Civil Veterinary Dept. Bombay admin report 1893-99 - 1893-1899
Year: 1893
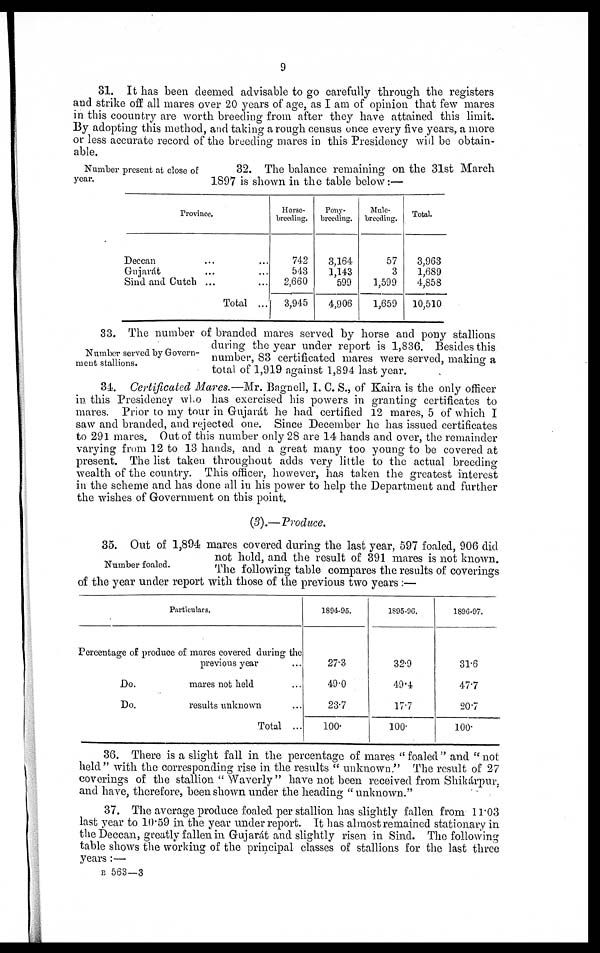
9
31. It has been deemed advisable to go carefully through the registers
and strike off all mares over 20 years of age, as I am of opinion that few mares
in this coountry are worth breeding from after they have attained this limit.
By adopting this method, and taking a rough census once every five years, a more
or less accurate record of the breeding mares in this Presidency will be obtain-
able.
Number present at close of
year.
32. The balance remaining on the 31st March
1897 is shown in the table below:—
Province.
Deccan ... ...
Gujarát ... ...
Sind and Cutch ... ...
Total ...
Horse¬
breeding.
742
543
2,660
3,945
Pony¬
breeding.
3,164
1,143
599
4,906
Mule¬
breeding.
57
3
1,599
1,659
Total.
3,963
1,689
4,858
10,510
Number served by Govern-
ment stallions.
33. The number of branded mares served by horse and pony stallions
during the year under report is 1,836. Besides this
number, 83 certificated mares were served, making a
total of 1,919 against 1,894 last year.
34. Certificated Mares.—Mr. Bagnell, I. C. S., of Kaira is the only officer
in this Presidency who has exercised his powers in granting certificates to
mares. Prior to my tour in Gujarát he had certified 12 mares, 5 of which I
saw and branded, and rejected one. Since December he has issued certificates
to 291 mares. Out of this number only 28 are 14 hands and over, the remainder
varying from 12 to 13 hands, and a great many too young to be covered at
present. The list taken throughout adds very little to the actual breeding
wealth of the country. This officer, however, has taken the greatest interest
in the scheme and has done all in his power to help the Department and further
the wishes of Government on this point.
(3).—Produce.
Number foaled.
35. Out of 1,894 mares covered during the last year, 597 foaled, 906 did
not hold, and the result of 391 mares is not known.
The following table compares the results of coverings
of the year under report with those of the previous two years:—
Particulars.
Percentage of produce of mares covered during the
previous year ...
Do.
mares not held ...
Do.
results unknown ...
Total ...
1894-95.
27.3
49.0
23.7
100.
1895-96.
32.9
49.4
17.7
100.
1896-97.
31.6
47.7
20.7
100.
36. There is a slight fall in the percentage of mares "foaled" and "not
held" with the corresponding rise in the results "unknown." The result of 27
coverings of the stallion "Waverly" have not been received from Shikárpur,
and have, therefore, been shown under the heading "unknown."
37. The average produce foaled per stallion has slightly fallen from 11.03
last year to 10.59 in the year under report. It has almost remained stationary in
the Deccan, greatly fallen in Gujarát and slightly risen in Sind. The following
table shows the working of the principal classes of stallions for the last three
years:—
B 563—3